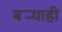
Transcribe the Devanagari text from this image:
बर्‍याही